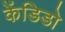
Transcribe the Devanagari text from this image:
केंडिडो